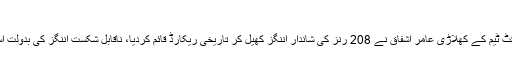
بھارتیوں کی چیخیں نکل گئیں
کراچی: پاکستان کی بلائنڈ کرکٹ ٹیم کے کھلاڑی عامر اشفاق نے 208 رنز کی شاندار اننگز کھیل کر تاریخی ریکارڈ قائم کردیا، ناقابل شکست اننگز کی بدولت آسٹریلیا کو شکست کا سامنا رہا۔